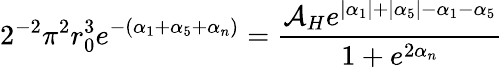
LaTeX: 2^{-2}\pi^{2}r_{0}^{3}e^{-(\alpha_{1}+\alpha_{5}+\alpha_{n})}=\frac{{\cal A}_{H}e^{|\alpha_{1}|+|\alpha_{5}|-\alpha_{1}-\alpha_{5}}}{1+e^{2\alpha_{n}}}